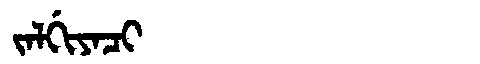
Manchu: ᠵᠠᠯᡤᡳᠶᠠᠴᡳ
Romanization: JALGIYACI